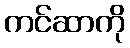
ကင်ဆာကို